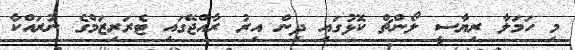
މި ހަމަލާ ރިޔާސީ ލޯންޗް ކޮޅުގައި ދިން އިރު ރާއްޖޭގައި ޓެރަރިޒަމްގެ ނުރައްކާ